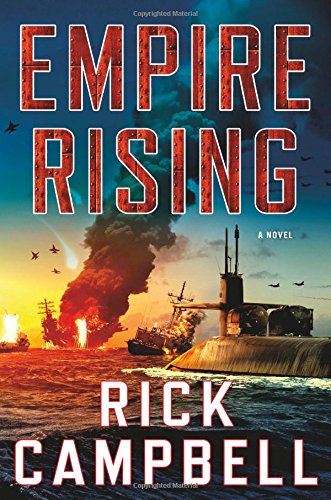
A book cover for Empire Rising: A Novel; Rick Campbell; Mystery, Thriller & Suspense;